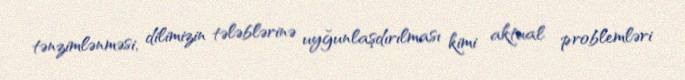
tənzimlənməsi, dilimizin tələblərinə uyğunlaşdırılması kimi aktual problemləri